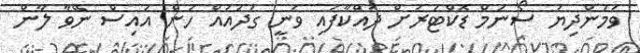
ވަމުންދިޔަ ސޯނަމް ޑޮކްޓަރަށް ދައްކާފައި ވަނީ ގަދައައް ހުން އައިސް ނޭވާ ލާން